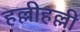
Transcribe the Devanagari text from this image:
हल्लीहल्ली